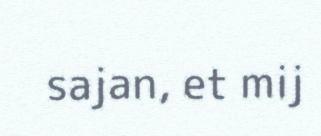
sajan, et mij